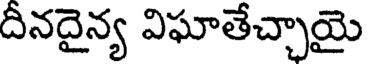
దినదైన్య విఘాతేచ్చాయై